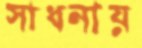
সাধনায়